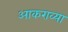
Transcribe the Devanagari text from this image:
आकराव्या